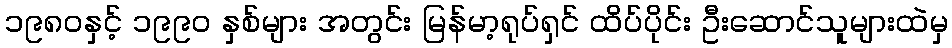
၁၉၈၀နှင့် ၁၉၉၀ နှစ်များ အတွင်း မြန်မာ့ရုပ်ရှင် ထိပ်ပိုင်း ဦးဆောင်သူများထဲမှ